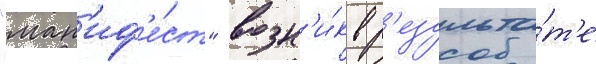
"ман'иф'е́ст" возн'и́к в р'езульта́т'е